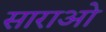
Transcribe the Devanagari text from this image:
साराओ